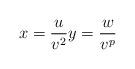
LaTeX: \begin{align*} x = \frac{u}{v^2} y = \frac{w}{v^p}\end{align*}